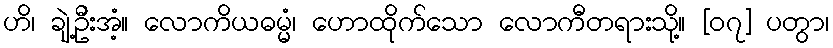
ဟိ၊ ချဲ့ဦးအံ့။ လောကိယဓမ္မံ၊ ဟောထိုက်သော လောကီတရားသို့။ [၀၇] ပတွာ၊